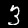
Digit: 3